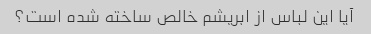
آیا این لباس از ابریشم خالص ساخته شده است؟